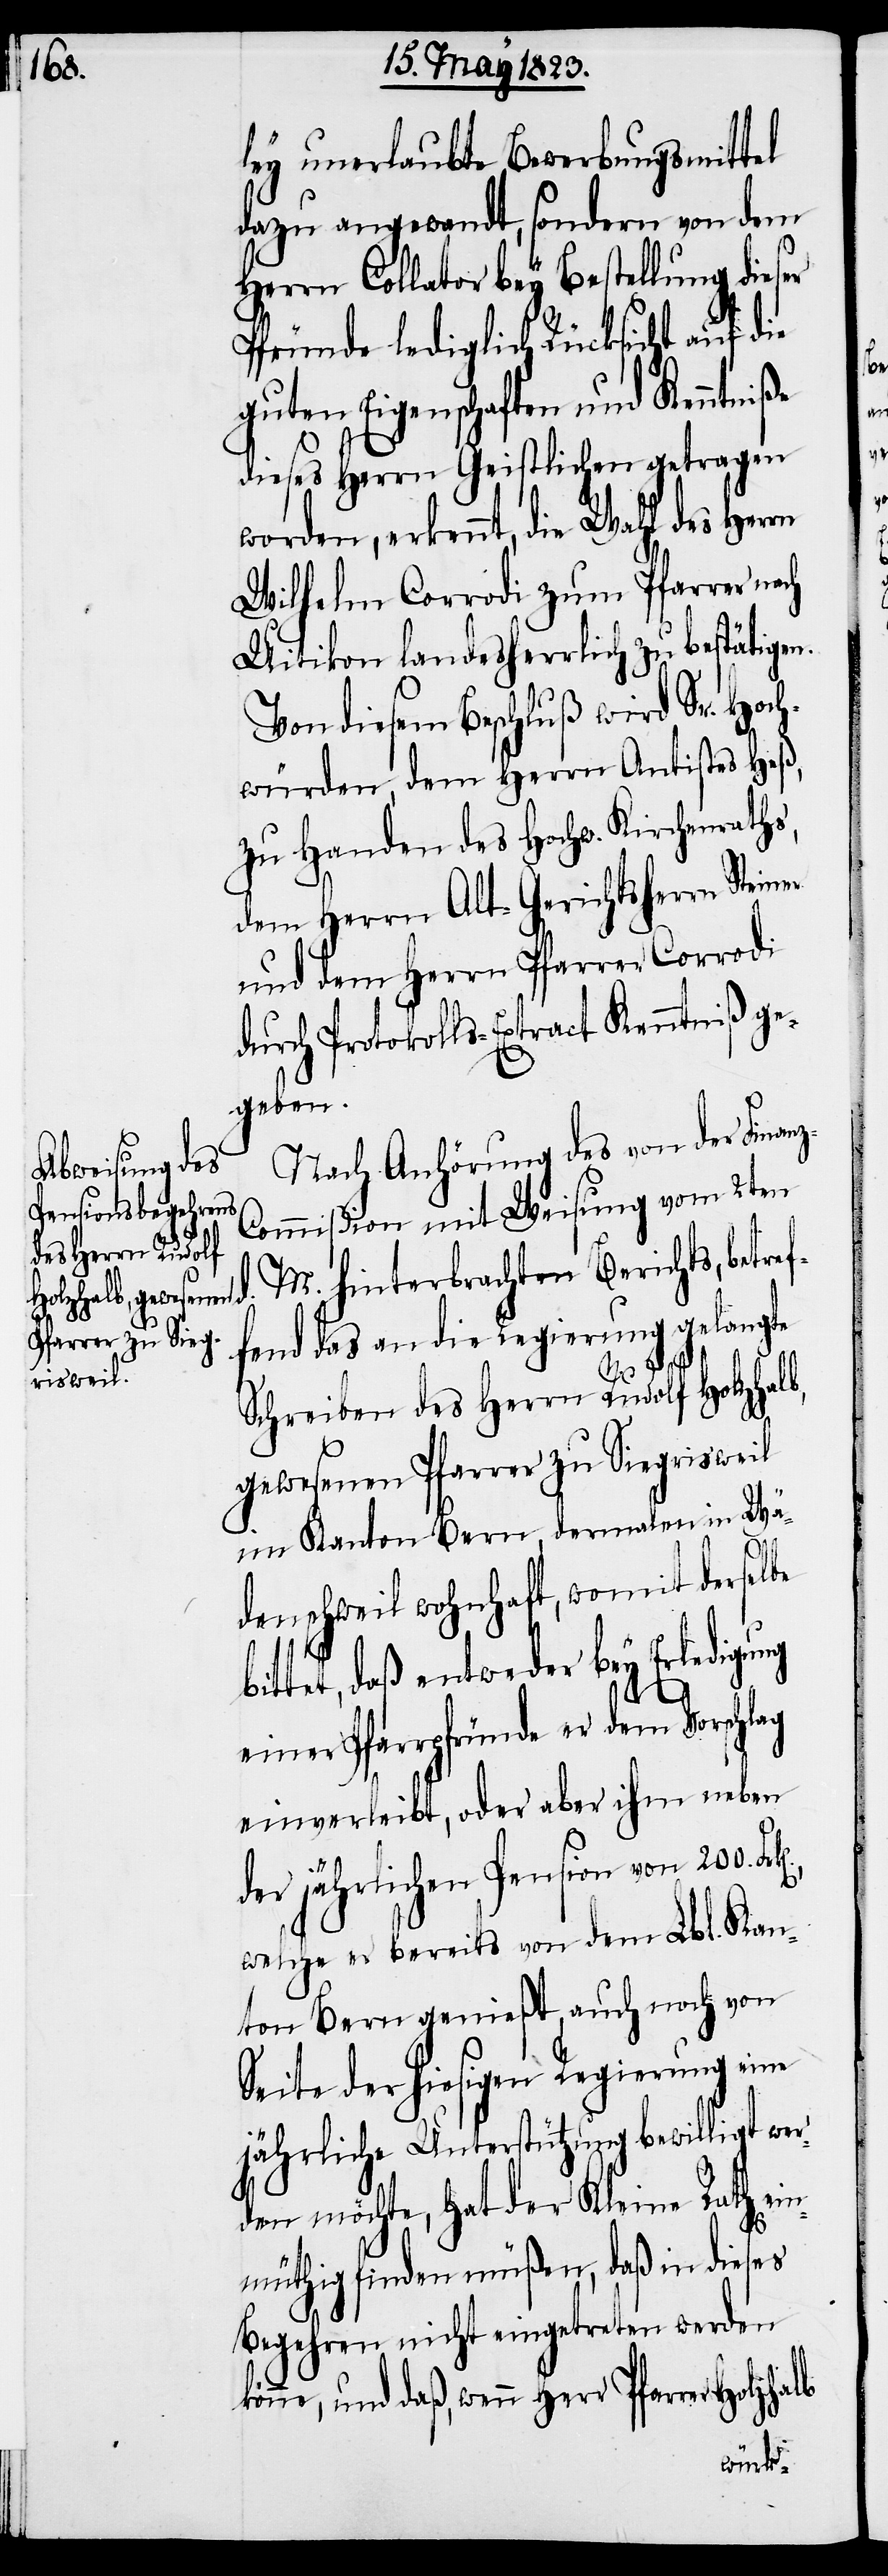
ley unerlaubte Bewerbungsmittel
dazu angewandt, sondern von dem
Herrn Collator bey Bestellung dieser
Pfründe lediglich Rücksicht auf die
guten Eigenschaften und Kenntniße
dieses Herrn Geistlichen getragen
Wilhelm Corrodi zum Pfarrer
Uitikon landesherrlich zu bestätigen.
Von diesem Beschluß wird Sr. Hoch¬
würden, dem Herrn Antistes Heß,
zu Handen des Hochw. Kirchenraths,
dem Herrn Alt-Gerichtsherrn Stein¬
und dem Herrn Pfarrer Corrodi
durch Protokolls-Extract Kenntniß ge¬
geben.
Nach Anhörung des von der Finan¬
ommißion mit Weisung vom 2ten
M. hinterbrachten Berichts, betref¬
worden, erkennt,
fend das an die Regierung gelangte
zhalb
Schreiben des Herrn Rudolf Holzhalb,
gewesenen Pfarrer zu Siegrisweil
im Kanton Bern, dermalen in Wä¬
denschweil wohnhaft, womit derselbe
bittet, daß entweder bey Erledigung
einer Pfarrpfründe er dem Vorschlag
einverleibt, oder aber ihm neben
der jährlichen Pension von 200.
welche er bereits von dem Lbl. Kan¬
ton Bern genießt, auch noch von
Seite der hiesigen Regierung eine
jährliche Unterstützung bewilligt wer¬
den möchte, hat der Kleine Rath ein¬
müthig finden müßen, daß in dieses
Begehren nicht eingetreten werden
könne, und daß, wenn Herr Pfarrer Hol¬